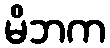
မိဘက